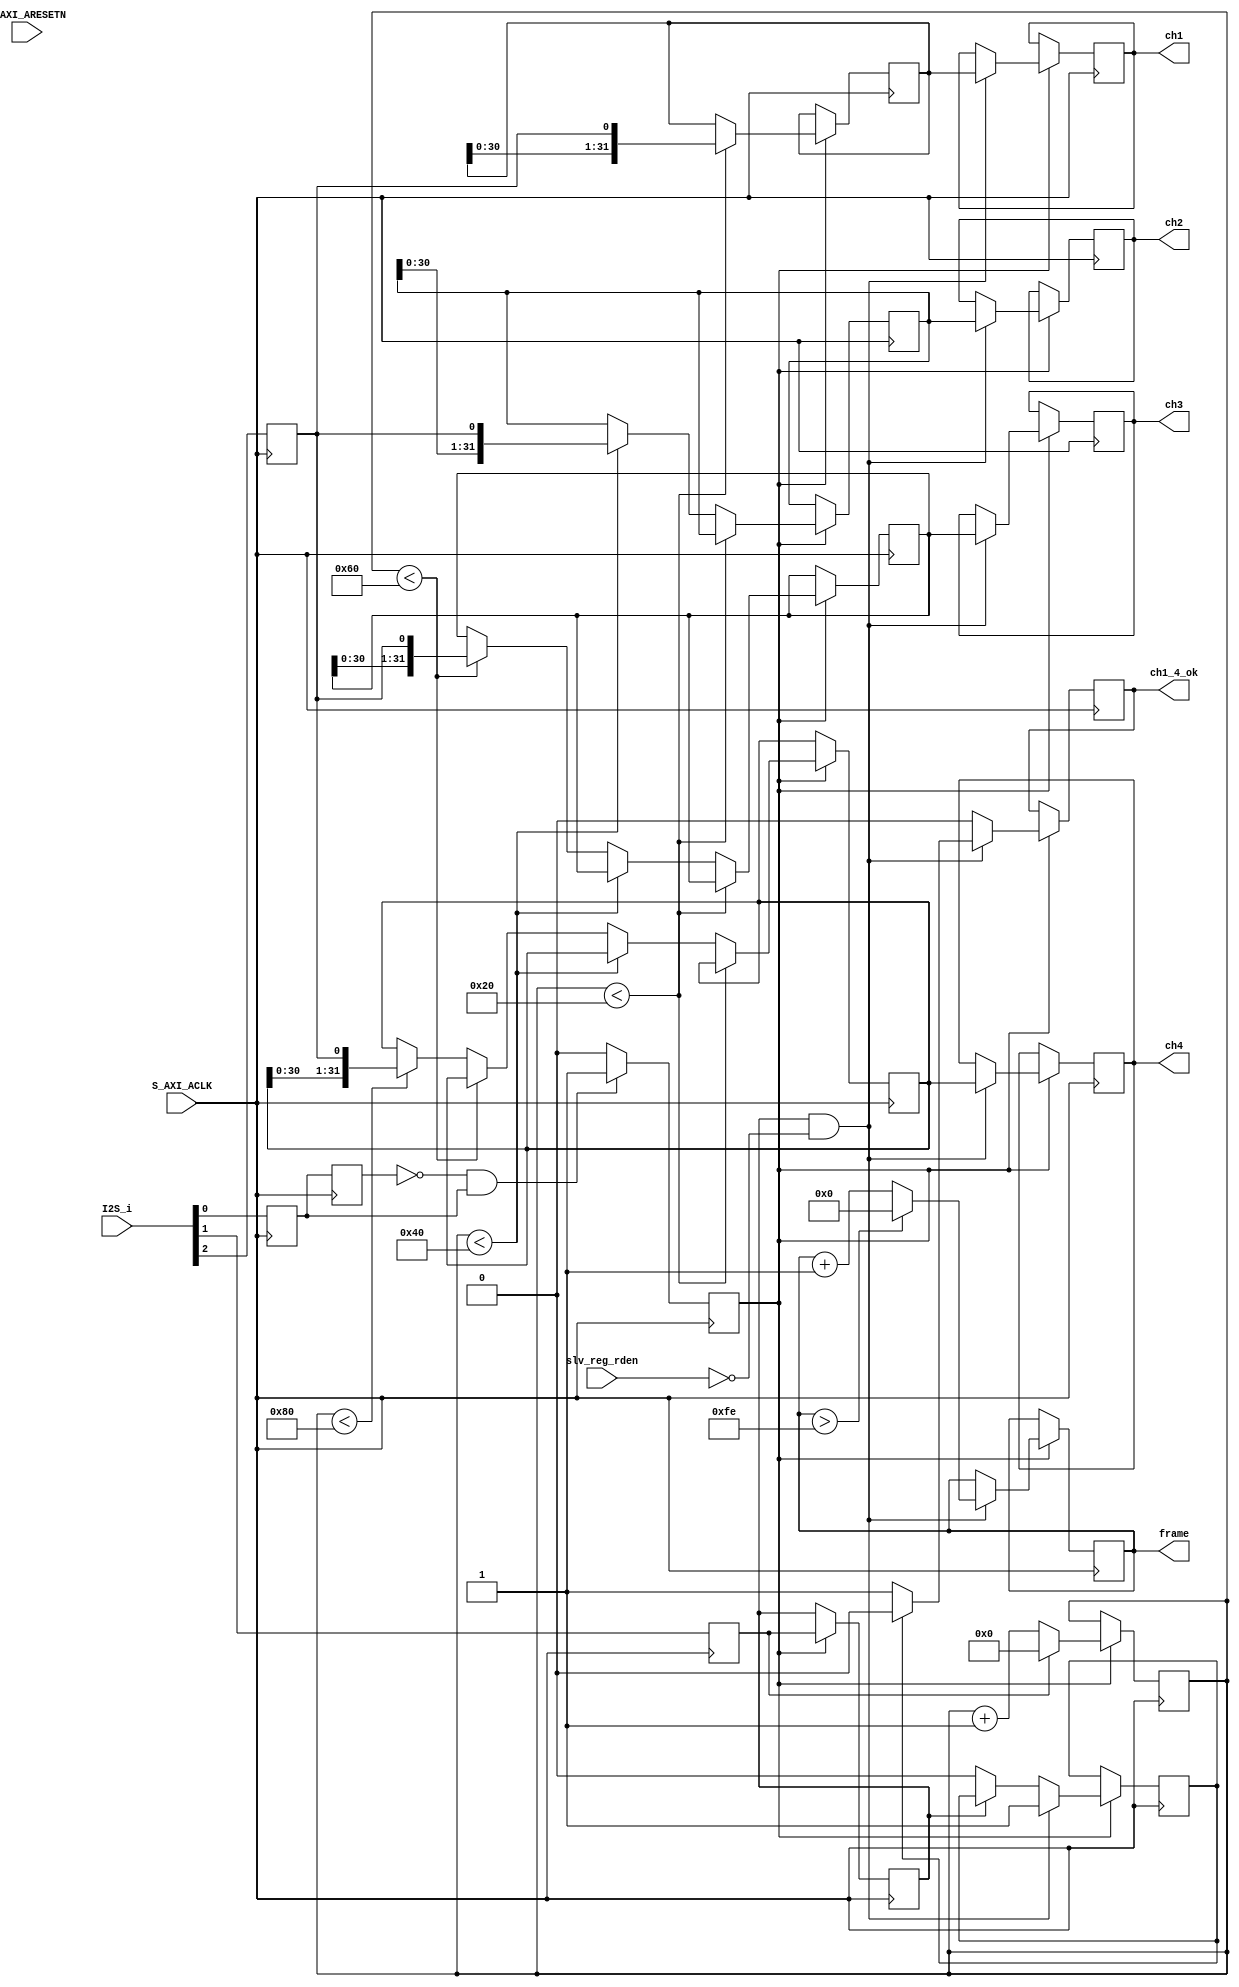
module i2s_decode#(
    parameter integer I2S_IN_WIDTH  = 3
)
(
    input S_AXI_ACLK,
    output [31:0] ch1,
    output [31:0] ch2,
    output [31:0] ch3,
    output [31:0] ch4,
    output [31:0] frame,
	output 		  ch1_4_ok,		//indicate ch1 to 4 read finish -- Kong
	
    input slv_reg_rden,
    input S_AXI_ARESETN,
    input [I2S_IN_WIDTH-1:0] I2S_i
    );
    
    wire sysclk = S_AXI_ACLK;
    wire i2s_clk = I2S_i[0];			//I2S拆成3个脚
    wire i2s_lrclk = I2S_i[1];
    wire i2s_adc = I2S_i[2];

    reg [31:0] ch1 = 32'd0;
    reg [31:0] ch2 = 32'd0;
    reg [31:0] ch3 = 32'd0;
    reg [31:0] ch4 = 32'd0;
    reg [31:0] frame = 32'd0;
	reg 	   ch1_4_ok 		= 1'b0;	//init: 1'b0 = not ok
	reg 	   ch1_4_ok_flag 	= 1'b0;	//init: 1'b0 = not ok
	

    reg [31:0] ch1_r = 32'd0;
    reg [31:0] ch2_r = 32'd0;
    reg [31:0] ch3_r = 32'd0;
    reg [31:0] ch4_r = 32'd0;
 
    reg i2s_clk_pre = 1'b0;
    reg i2s_clk_r = 1'b0;
    reg i2s_lrclk_r = 1'b0;
    reg i2s_lrclk_r2 = 1'b0;
    reg i2s_adc_r = 1'b0;
    
    reg capture_clk = 1'b0;
    reg [7:0] bclk_cnt = 8'd0;
    
    always @(posedge sysclk)
    begin								
        i2s_clk_pre <= i2s_clk_r;		//clk 做2个周期的延迟，WB和data做1个周期的延迟
        i2s_clk_r <= i2s_clk;
        i2s_lrclk_r <= i2s_lrclk;
        i2s_adc_r <= i2s_adc;
    end
    
    always @(posedge sysclk)
    begin
        if(!i2s_clk_pre & i2s_clk_r) begin		//判断时钟是否在翻转，如果翻转就capture_clk置1
            capture_clk <= 1'b1;
        end else begin
            capture_clk <= 1'b0;
        end
    end
    
    always @(posedge sysclk)
    begin
        if(capture_clk)	
            if(i2s_lrclk_r)					//lrclk_r为1时，counter置0；lrclk_r为0时，counter置1
                bclk_cnt <= 8'd0;
            else
                bclk_cnt <= bclk_cnt + 1'b1;
        else
            bclk_cnt <= bclk_cnt;
    end    
    
    always @(posedge sysclk)
    begin
        if(capture_clk)
            if(bclk_cnt < 32)			//lrclk_r为0时，前32个数给ch1输出，后面依次给ch2,ch3,ch4；lrclk_r为1时，都给ch1输出
                ch1_r <= {ch1_r[30:0],i2s_adc_r};
            else if(bclk_cnt < 64)
                ch2_r <= {ch2_r[30:0],i2s_adc_r};
            else if(bclk_cnt < 96)
                ch3_r <= {ch3_r[30:0],i2s_adc_r};
            else if(bclk_cnt < 128)
                ch4_r <= {ch4_r[30:0],i2s_adc_r};
            else;
        else;         
    end
    always @(posedge sysclk)
    begin
        if(capture_clk)
            i2s_lrclk_r2 <= i2s_lrclk_r;
        else;         
    end    

    always @(posedge sysclk)
    begin
        if(capture_clk)
            if(i2s_lrclk_r2 & !slv_reg_rden) begin		//lrclk为1时才输出，slv_reg_rden为0时输出，每次输出frame加1，到255置零。
                ch1 <= ch1_r;
                ch2 <= ch2_r;
                ch3 <= ch3_r;
                ch4 <= ch4_r;
                frame <= frame > 254 ? 0 : frame + 1'b1;
				if(!ch1_4_ok_flag) begin
					ch1_4_ok 		<= 1'b1;		//latch ch1 to ch4, and enable ch1_4_ok -- Kong
					ch1_4_ok_flag	<= 1'b1;		//and set flag,
				end
				else
					ch1_4_ok		<= 1'b0;
            end else begin
				ch1_4_ok <= 1'b0;		//otherwise disable ch1_4_ok -- Kong
				if(!i2s_lrclk_r2)
					ch1_4_ok_flag	<= 1'b0;
			end			
        else;         
    end
    
    wire clk = sysclk;
    wire [31:0] probe0 = ch1_r;
    wire [31:0] probe1 = ch2_r;
    wire [31:0] probe2 = ch3_r;
    wire [31:0] probe3 = ch4_r;
    wire [7:0] probe4 = frame;

    wire [7:0] probe5 = 
    {
        2'd0,
        capture_clk,
        i2s_clk_pre,
        i2s_clk_r,
        i2s_lrclk_r,
        i2s_lrclk_r2,
        i2s_adc_r
    };
    
    
//    ila_0 ila_ins (
//        .clk(clk), // input wire clk
//    
//    
//        .probe0(probe0), // input wire [31:0]  probe0  
//        .probe1(probe1), // input wire [31:0]  probe1 
//        .probe2(probe2), // input wire [31:0]  probe2 
//        .probe3(probe3), // input wire [31:0]  probe3 
//        .probe4(probe4), // input wire [7:0]  probe4 
//        .probe5(probe5) // input wire [7:0]  probe5
//    );
    
endmodule